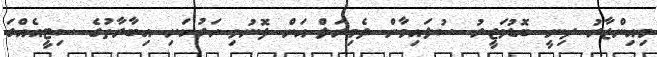
މިއިންޒާރު ދިނީ ބޮޑުވަޒީރު ސުލައިމާން ދެމިރަލް އަށް ފޮނުވި ހަރުކަށި އިބާރާތުގެ ސިޓީއެއްގަ